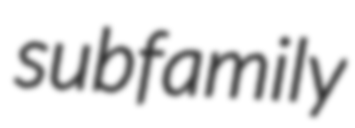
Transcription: subfamily